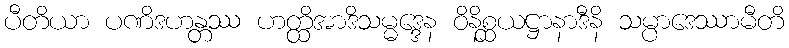
ပီတိယာ ပဏိဒဟန္တဿ ဟတ္ထိအာဒိသမ္မဒ္ဒေန ဝိနိစ္ဆယဋ္ဌာနာဒီနိ သမ္ပာဒေဿာမီတိ